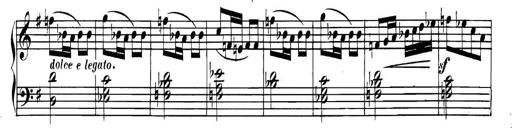
Title: Collected Piano Sonatas
Composer: Muzio Clementi